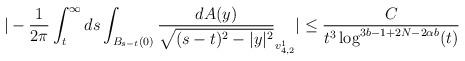
LaTeX: \begin{align*}|-\frac{1}{2\pi} \int_{t}^{\infty} ds \int_{B_{s-t}(0)} \frac{dA(y)}{\sqrt{(s-t)^{2}-|y|^{2}}} _{v_{4,2}^{1}}| &\leq \frac{C}{t^{3} \log^{3b-1+2N-2\alpha b}(t)}\end{align*}